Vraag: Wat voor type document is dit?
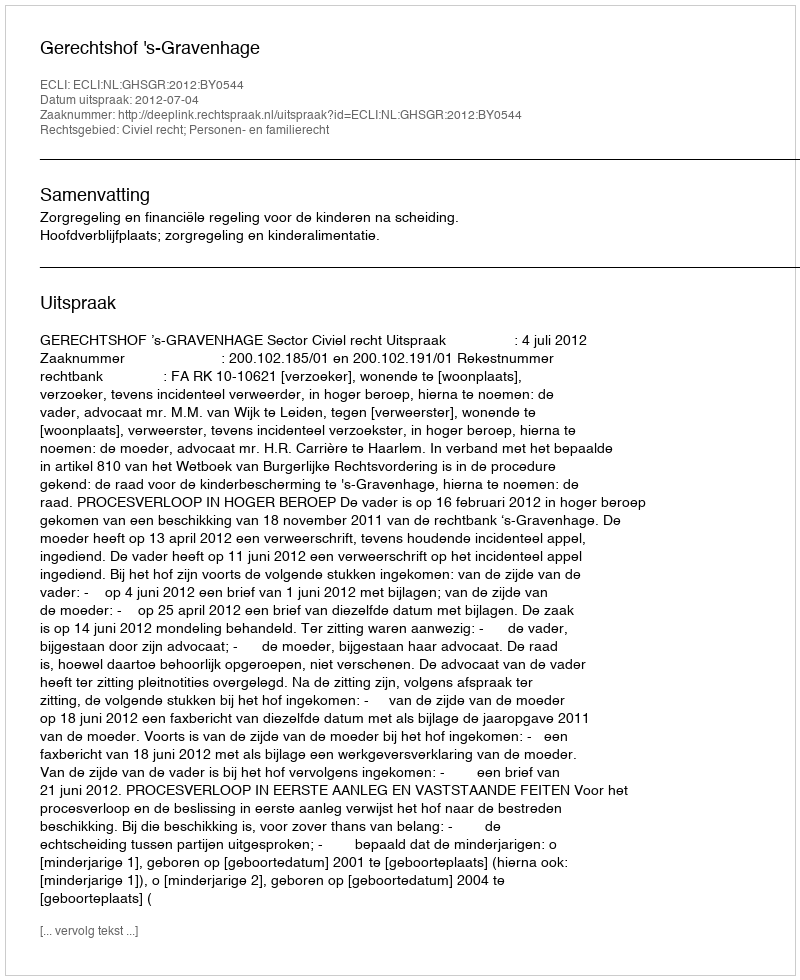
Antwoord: Uitspraak